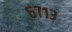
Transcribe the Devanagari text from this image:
६७१३